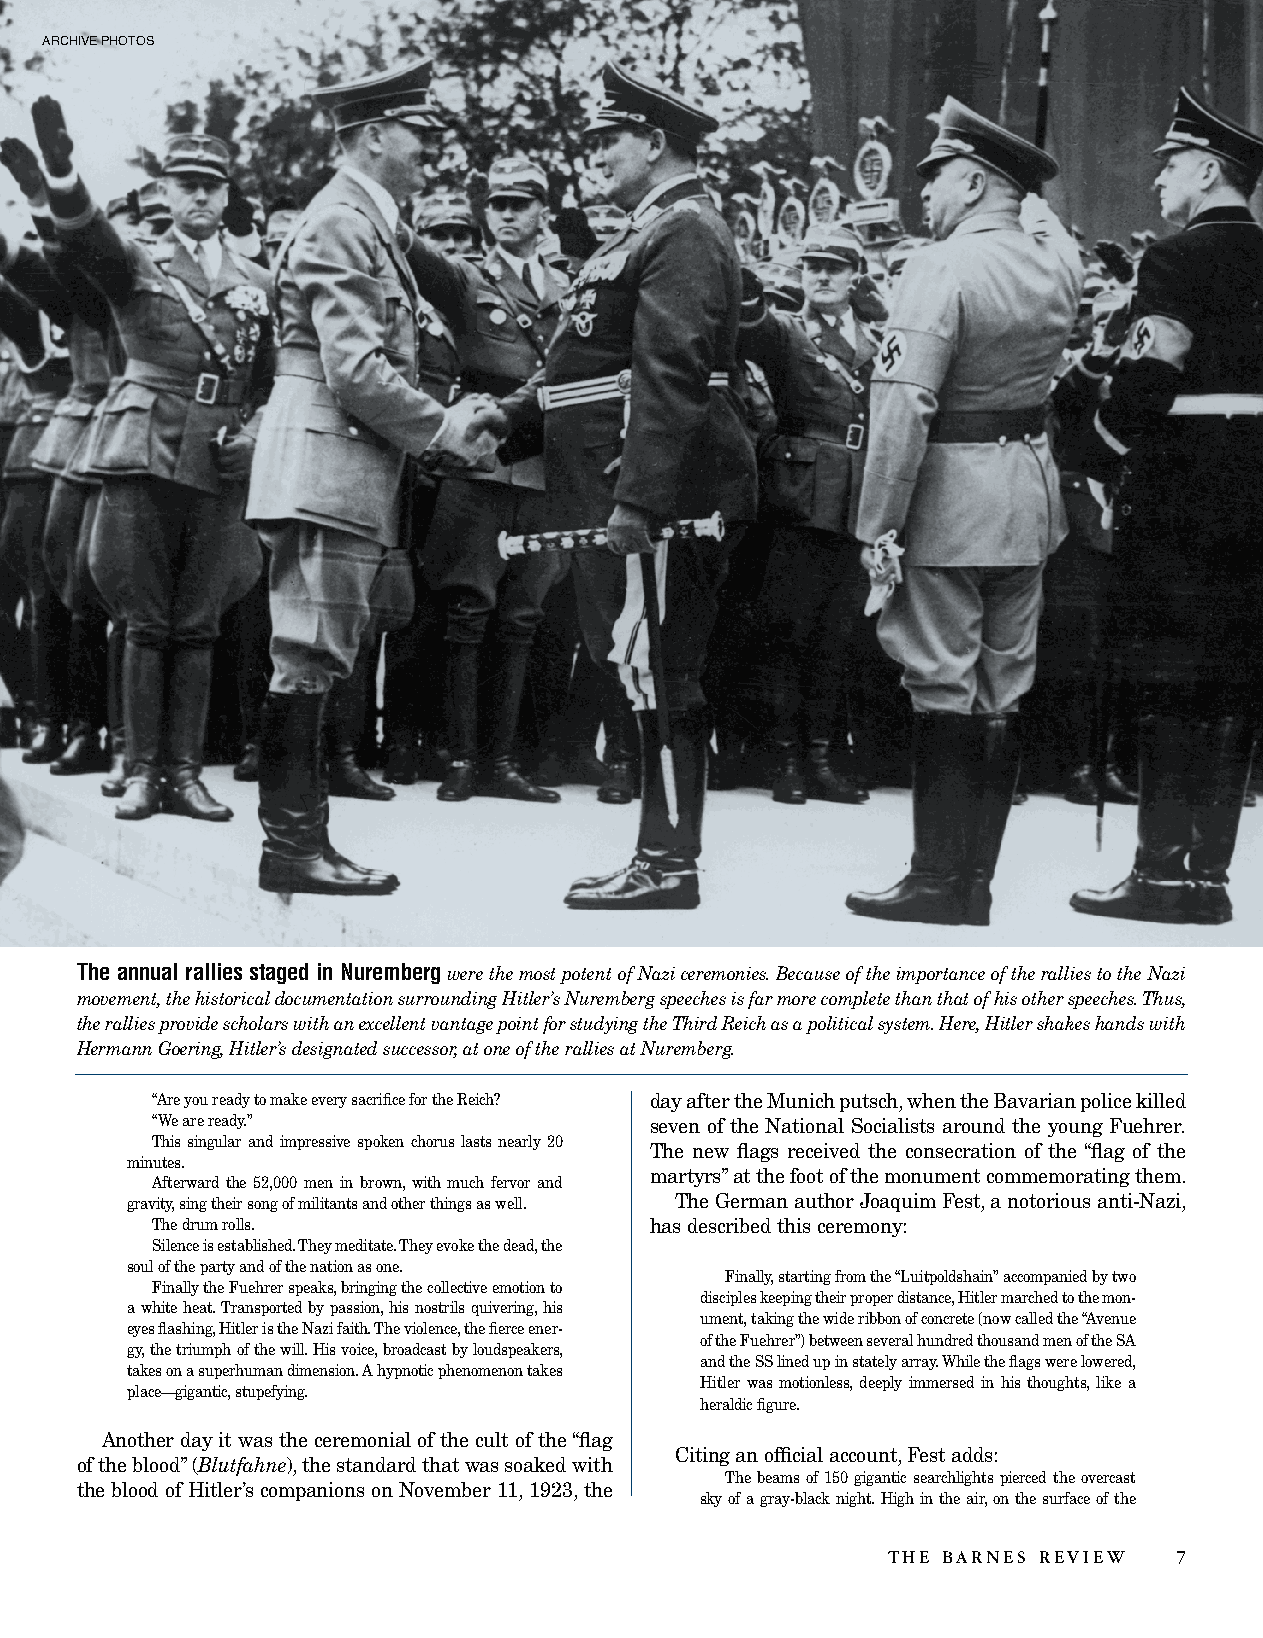
ARCHIVEPHOTOS
 The annual rallies staged in Nuremberg
 werethemostpotentofNaziceremonies.BecauseoftheimportanceoftheralliestotheNazi
 movement,thehistoricaldocumentationsurroundingHitler’sNurembergspeechesisfarmorecompletethanthatofhisotherspeeches.Thus,
 theralliesprovidescholarswithanexcellentvantagepointforstudyingtheThirdReichasapoliticalsystem.Here,Hitlershakeshandswith
 HermannGoering,Hitler’sdesignatedsuccessor,atoneoftheralliesatNuremberg.
 “AreyoureadytomakeeverysacrificefortheReich? dayaftertheMunichputsch,whentheBavarianpolicekilled
 “Weareready.”                    seven of the National Socialists around the young Fuehrer.
 Thissingularandimpressivespokenchoruslastsnearly20
 The new flags received the consecration of the “flag of the
 minutes.
 martyrs”atthefootofthemonumentcommemoratingthem.
 Afterward the 52,000 men in brown,with much fervor and
 gravity,singtheirsongofmilitantsandotherthingsaswell. TheGermanauthorJoaquimFest,anotoriousanti-Nazi,
 Thedrumrolls.                    hasdescribedthisceremony:
 Silenceisestablished.Theymeditate.Theyevokethedead,the
 soulofthepartyandofthenationasone.
 Finally,startingfromthe“Luitpoldshain”accompaniedbytwo
 FinallytheFuehrerspeaks,bringingthecollectiveemotionto
 discipleskeepingtheirproperdistance,Hitlermarchedtothemon-
 awhiteheat.Transportedbypassion,hisnostrilsquivering,his
 ument,takingthewideribbonofconcrete(nowcalledthe“Avenue
 eyesflashing,HitleristheNazifaith.Theviolence,thefierceener-
 oftheFuehrer”)betweenseveralhundredthousandmenoftheSA
 gy,thetriumphofthewill.Hisvoice,broadcastbyloudspeakers,
 andtheSSlinedupinstatelyarray.Whiletheflagswerelowered,
 takesonasuperhumandimension.Ahypnoticphenomenontakes
 Hitler was motionless,deeply immersed in his thoughts,like a
 place—gigantic,stupefying.
 heraldicfigure.
 Anotherdayitwastheceremonialofthecultofthe“flag
 Citinganofficialaccount,Festadds:
 oftheblood”(Blutfahne),thestandardthatwassoakedwith
 Thebeamsof150giganticsearchlightspiercedtheovercast
 thebloodofHitler’scompanionsonNovember11,1923,the
 skyofagray-blacknight.Highintheair,onthesurfaceofthe
 THE BARNES REVIEW  7